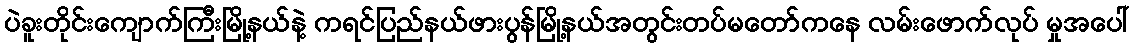
ပဲခူးတိုင်းကျောက်ကြီးမြို့နယ်နဲ့ ကရင်ပြည်နယ်ဖားပွန်မြို့နယ်အတွင်းတပ်မတော်ကနေ လမ်းဖောက်လုပ် မှုအပေါ်